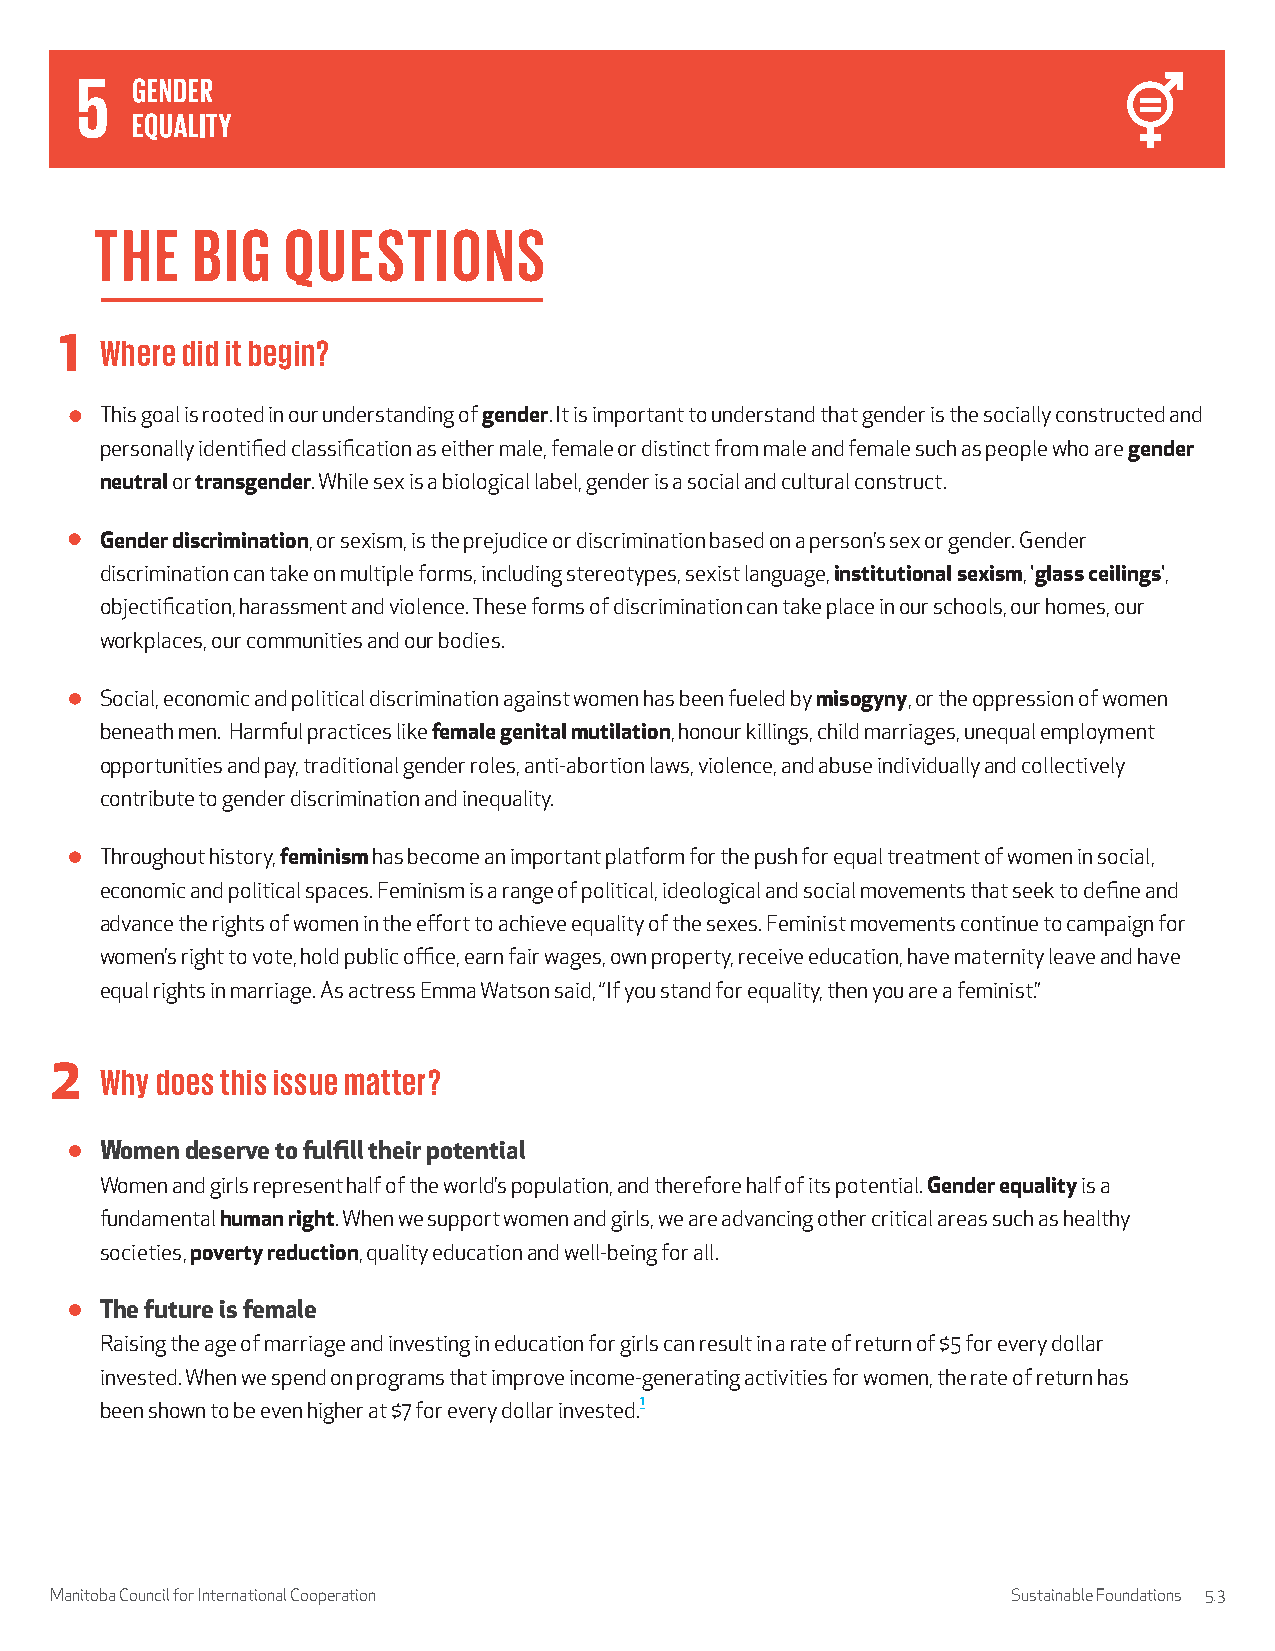
THE    BIG   QUESTIONS
 1  Where did it begin?
 This goal is rooted in our understanding of gender. It is important to understand that gender is the socially constructed and
 personally identified classification as either male, female or distinct from male and female such as people who are gender
 neutral or transgender. While sex is a biological label, gender is a social and cultural construct.
 Gender discrimination, or sexism, is the prejudice or discrimination based on a person’s sex or gender. Gender
 discrimination can take on multiple forms, including stereotypes, sexist language, institutional sexism, 'glass ceilings',
 objectification, harassment and violence. These forms of discrimination can take place in our schools, our homes, our
 workplaces, our communities and our bodies.
 Social, economic and political discrimination against women has been fueled by misogyny, or the oppression of women
 beneath men. Harmful practices like female genital mutilation, honour killings, child marriages, unequal employment
 opportunities and pay, traditional gender roles, anti-abortion laws, violence, and abuse individually and collectively
 contribute to gender discrimination and inequality.
 Throughout history, feminism has become an important platform for the push for equal treatment of women in social,
 economic and political spaces. Feminism is a range of political, ideological and social movements that seek to define and
 advance the rights of women in the effort to achieve equality of the sexes. Feminist movements continue to campaign for
 women’s right to vote, hold public office, earn fair wages, own property, receive education, have maternity leave and have
 equal rights in marriage. As actress Emma Watson said, “If you stand for equality, then you are a feminist.”
 2   Why does this issue matter?
 Women deserve to fulfill their potential
 Women and girls represent half of the world’s population, and therefore half of its potential. Gender equality is a
 fundamental human right. When we support women and girls, we are advancing other critical areas such as healthy
 societies, poverty reduction, quality education and well-being for all.
 The future is female
 Raising the age of marriage and investing in education for girls can result in a rate of return of $5 for every dollar
 invested. When we spend on programs that improve income-generating activities for women, the rate of return has
 been shown to be even higher at $7 for every dollar invested.1
 Manitoba Council for International Cooperation                  Sustainable Foundations 5.3